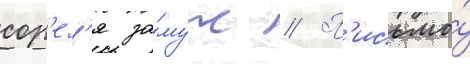
сор'ел'я за́муж // П'исьмо́